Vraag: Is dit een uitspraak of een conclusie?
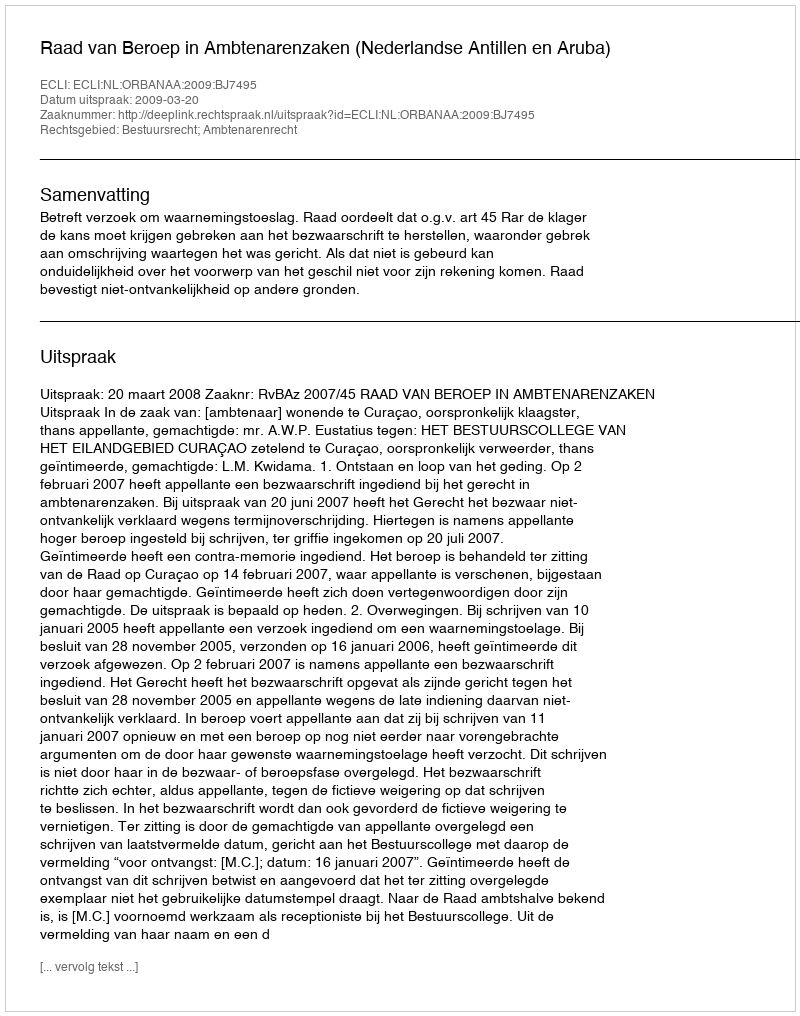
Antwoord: Uitspraak